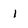
Character: 1